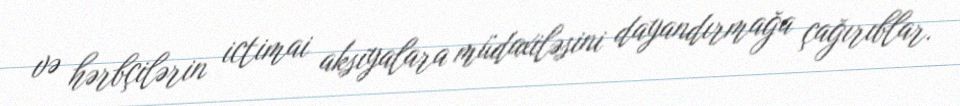
və hərbçilərin ictimai aksiyalara müdaxiləsini dayandırmağa çağırıblar.